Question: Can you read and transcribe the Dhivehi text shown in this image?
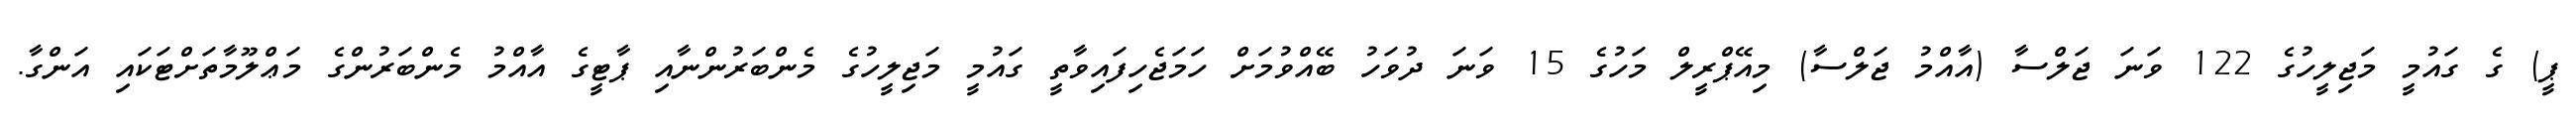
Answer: ޕީ) ގެ ގައުމީ މަޖިލީހުގެ 122 ވަނަ ޖަލްސާ (އާއްމު ޖަލްސާ) މިއޭޕްރީލް މަހުގެ 15 ވަނަ ދުވަހު ބޭއްވުމަށް ހަމަޖެހިފައިވާތީ ގައުމީ މަޖިލީހުގެ މެންބަރުންނާއި ޕާޓީގެ އާއްމު މެންބަރުންގެ މަޢްލޫމާތަށްޓަކައި އަންގާ.